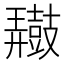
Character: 𪔠